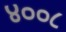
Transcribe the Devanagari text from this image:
४००८